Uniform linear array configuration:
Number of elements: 8
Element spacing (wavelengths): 0.75
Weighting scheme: exponential
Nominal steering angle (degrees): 0
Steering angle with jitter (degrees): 0.2175
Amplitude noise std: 0.05
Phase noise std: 0.05

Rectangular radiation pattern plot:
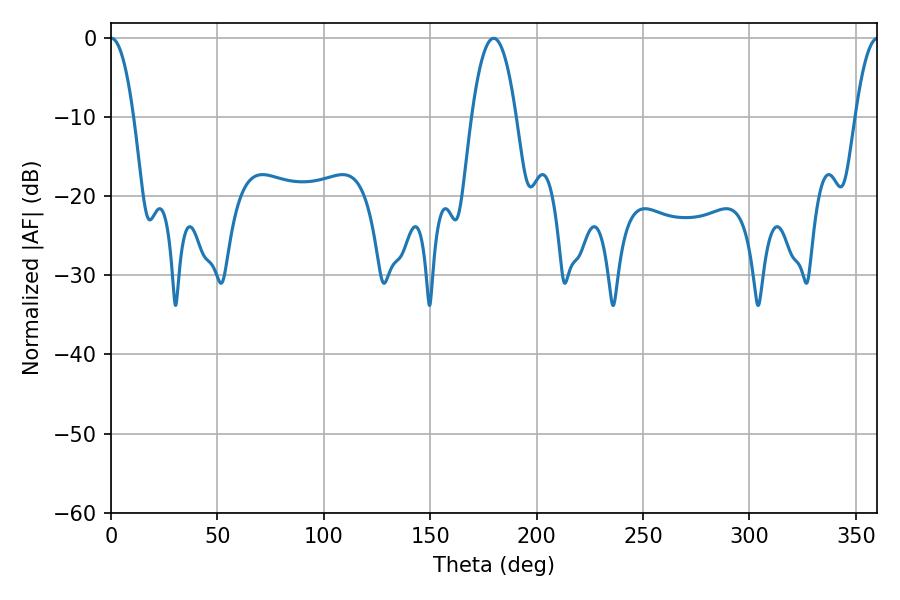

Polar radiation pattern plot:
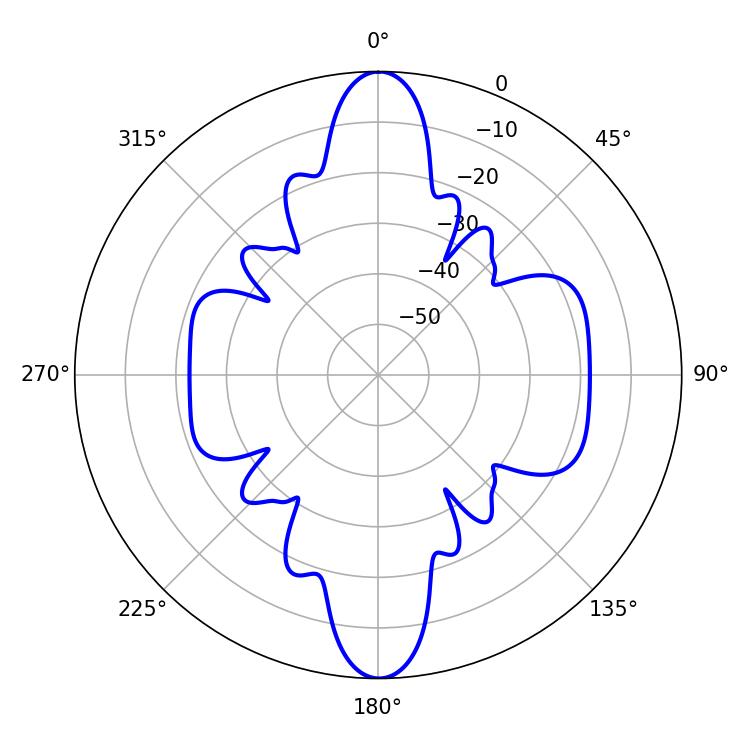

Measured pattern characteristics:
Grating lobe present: TRUE
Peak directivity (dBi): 22.973
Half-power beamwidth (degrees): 5.94
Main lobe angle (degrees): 0.18